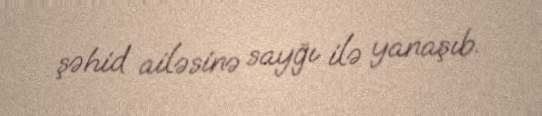
şəhid ailəsinə sayğı ilə yanaşıb.